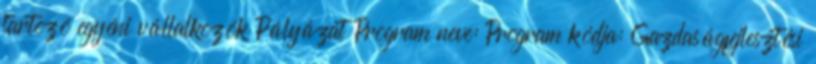
tartozó egyéni vállalkozók Pályázat Program neve: Program kódja: Gazdaságfejlesztési